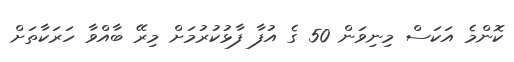
ކޮންމެ އަކަސް މިނިވަން 50 ގެ އުފާ ފާޅުކުރުމަށް މިރޭ ބާއްވާ ހަރަކާތަށް